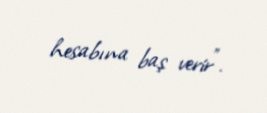
hesabına baş verir”.